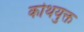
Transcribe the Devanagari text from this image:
कोथयुक्त